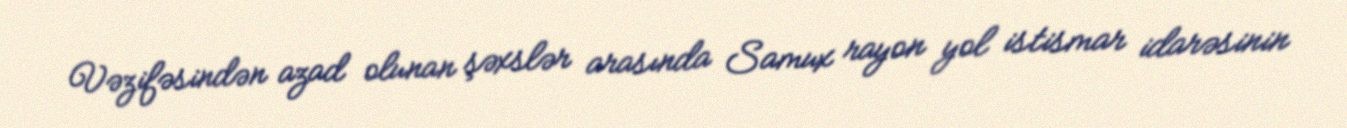
Vəzifəsindən azad olunan şəxslər arasında Samux rayon yol istismar idarəsinin